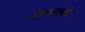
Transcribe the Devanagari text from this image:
अंशधारको